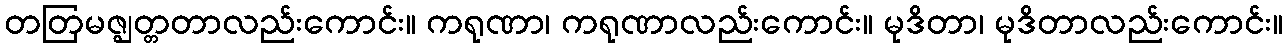
တတြမဇ္ဈတ္တတာလည်းကောင်း။ ကရုဏာ၊ ကရုဏာလည်းကောင်း။ မုဒိတာ၊ မုဒိတာလည်းကောင်း။